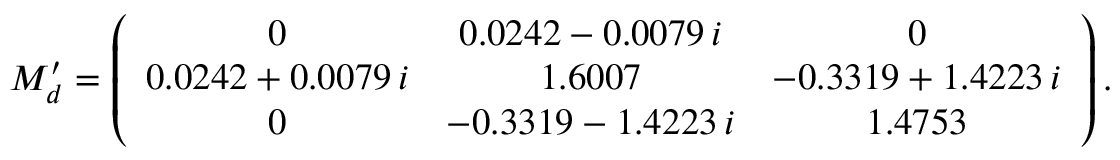
M _ { d } ^ { \prime } = \left( \begin{array} { c c c } { { 0 } } & { { 0 . 0 2 4 2 - 0 . 0 0 7 9 \, i } } & { { 0 } } \\ { { 0 . 0 2 4 2 + 0 . 0 0 7 9 \, i } } & { { 1 . 6 0 0 7 } } & { { - 0 . 3 3 1 9 + 1 . 4 2 2 3 \, i } } \\ { { 0 } } & { { - 0 . 3 3 1 9 - 1 . 4 2 2 3 \, i } } & { { 1 . 4 7 5 3 } } \end{array} \right) .